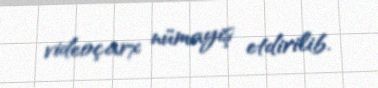
videoçarx nümayiş etdirilib.